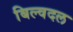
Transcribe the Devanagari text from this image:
बिल्वदल